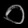
Digit: ၀